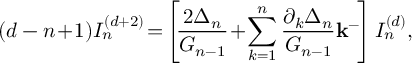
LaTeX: ( d - n \! + \! 1 ) I _ { n } ^ { ( d + 2 ) } \! = \! \left[ \! \frac { 2 \Delta _ { n } } { G _ { n - 1 } } \! + \! \sum _ { k = 1 } ^ { n } \frac { \partial _ { k } \Delta _ { n } } { G _ { n - 1 } } { \bf k ^ { - } } \! \right] I _ { n } ^ { ( d ) } ,